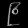
Digit: ၉